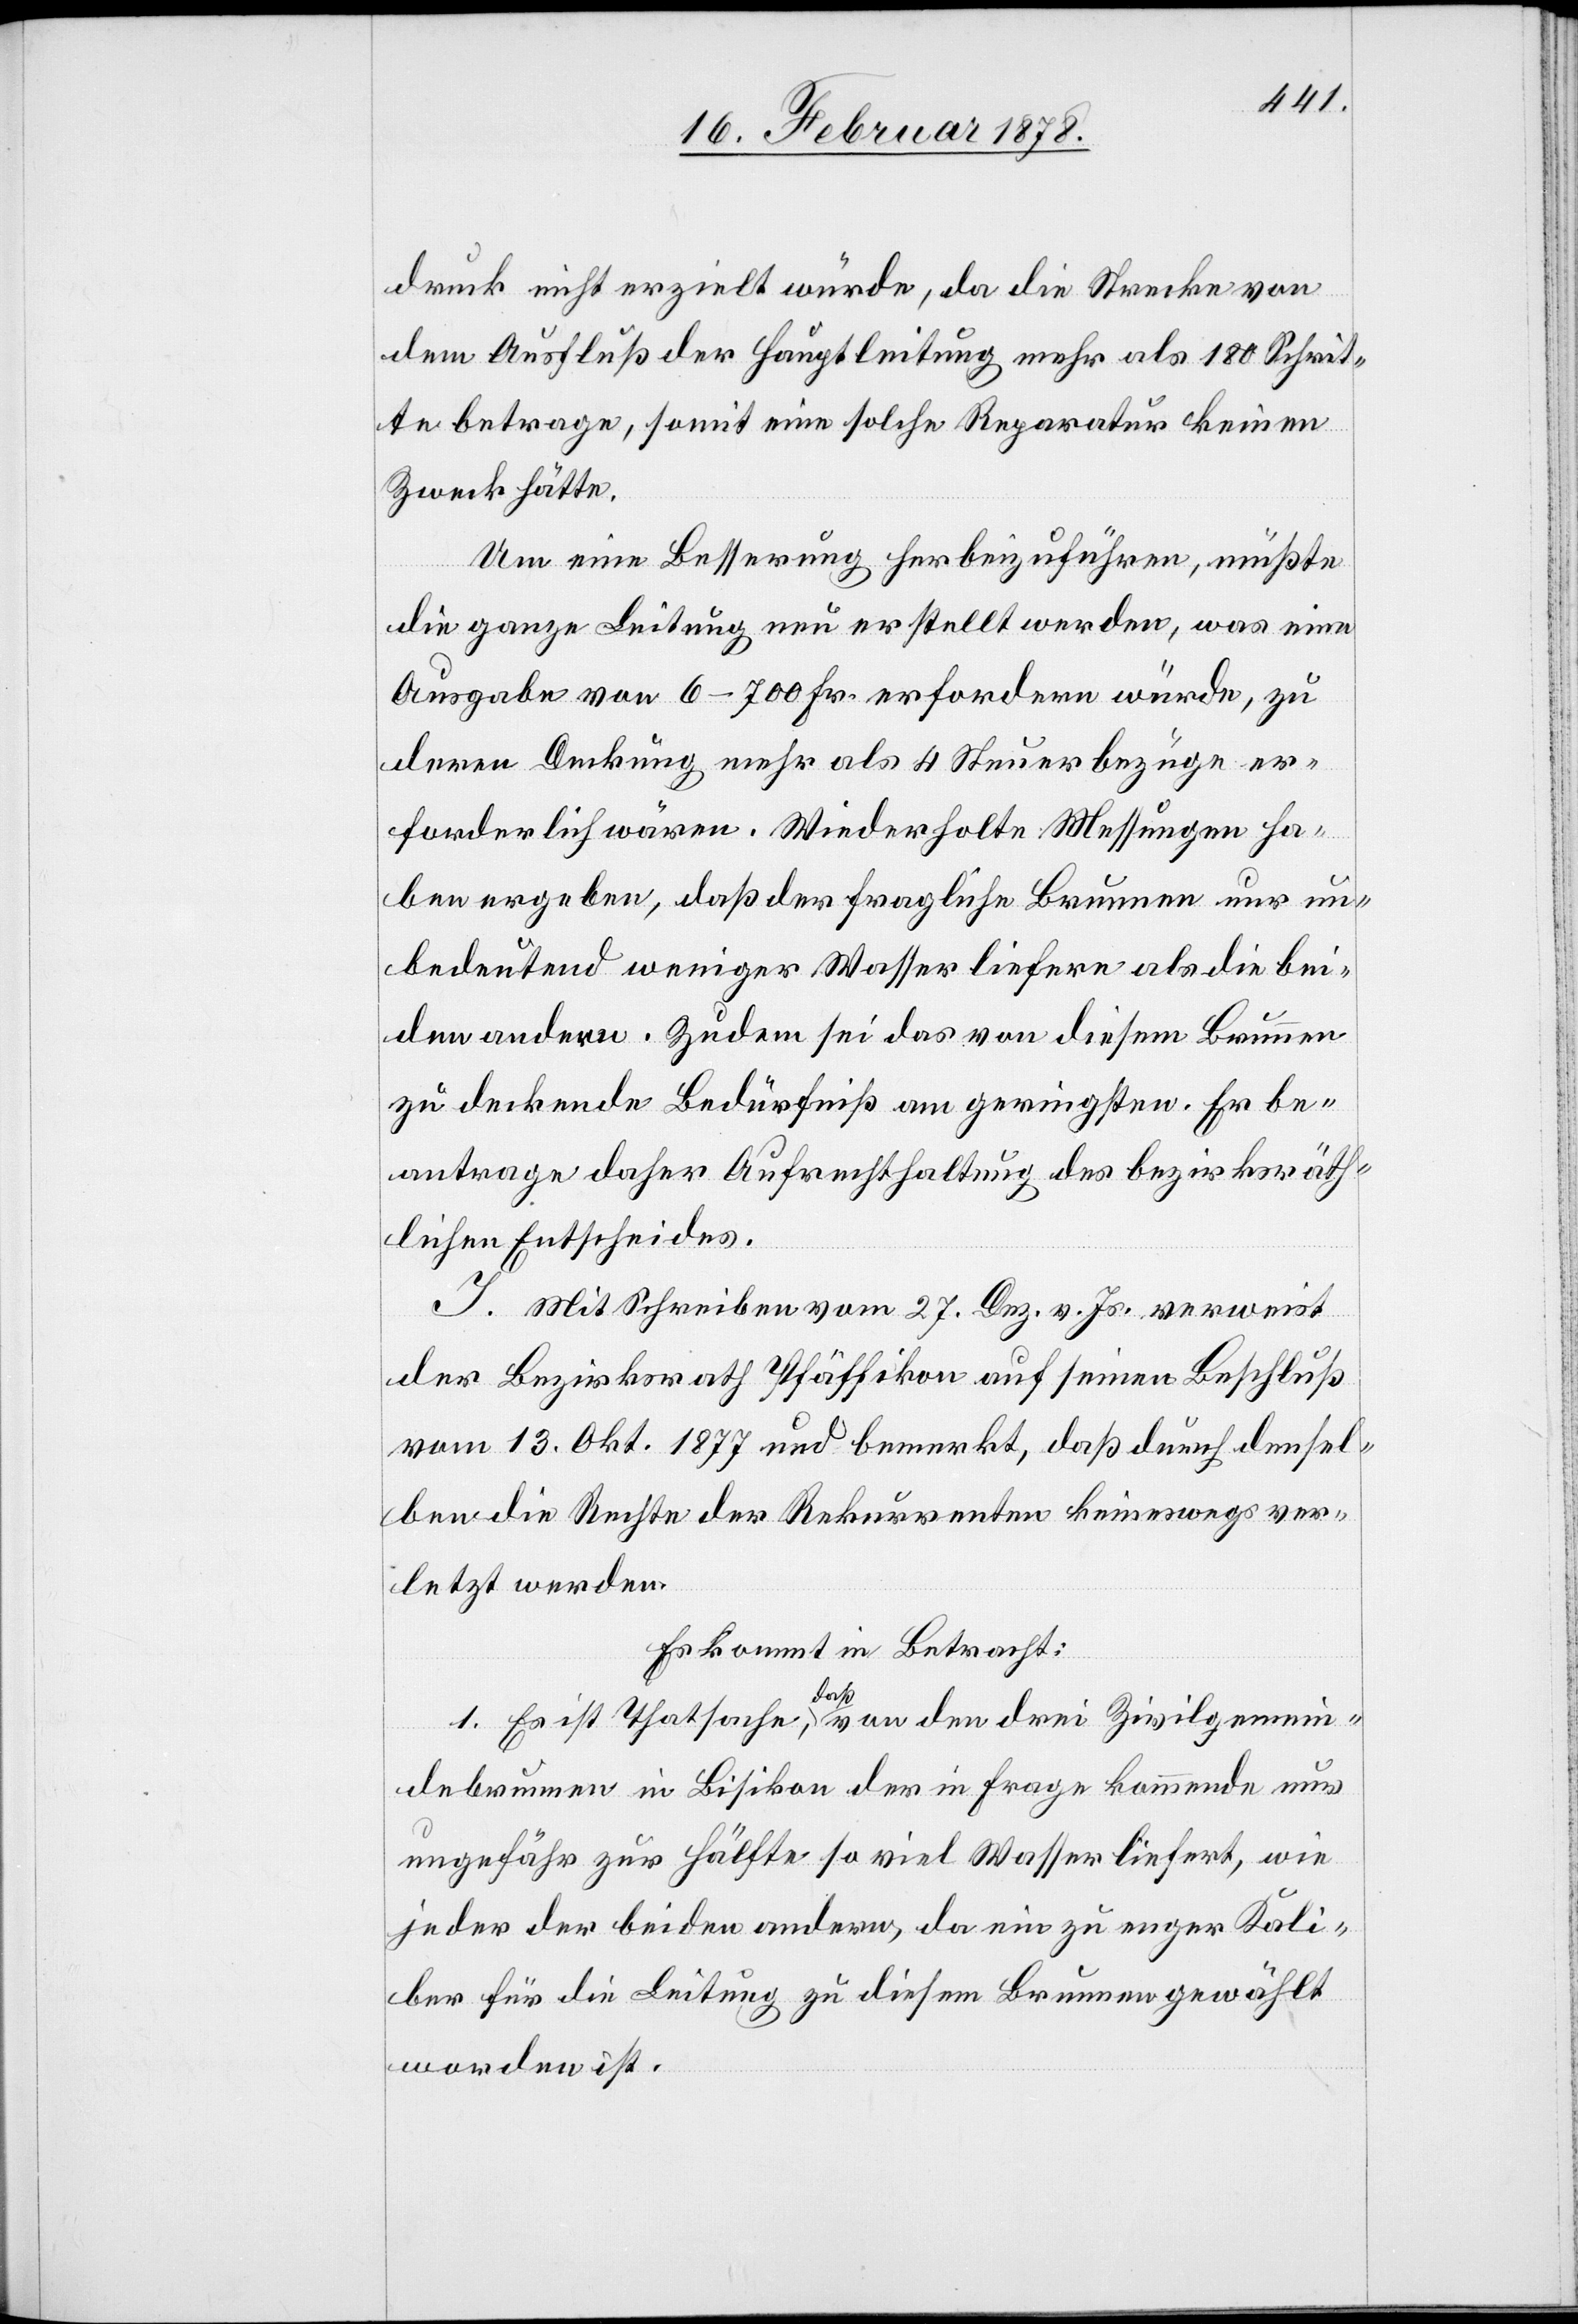
druck nicht erzielt würde, da die Strecke von
dem Ausfluß der Hauptleitung mehr als 180 Schrit¬
te betrage, somit eine solche Reparatur keinen
Zweck hätte.
Um eine Besserung herbeizuführen, müßte
die ganze Leitung neu erstellt werden, was eine
Ausgabe von 6–700 Fr. erfordern würde, zu
deren Deckung mehr als 4 Steuerbezüge er¬
forderlich wären. Wiederholte Messungen ha¬
ben ergeben, daß der fragliche Brunnen nur un¬
bedeutend weniger Wasser liefere als die bei¬
den andern. Zudem sei das von diesem Brunnen
zu deckende Bedürfniß am geringsten. Er be¬
antrage daher Aufrechthaltung des bezirksräth¬
lichen Entscheides.
J. Mit Schreiben vom 27. Dez. v. Js. verweist
der Bezirksrath Pfäffikon auf seinen Beschluß
vom 13. Okt. 1877 und bemerkt, daß durch densel¬
ben die Rechte der Rekurrenten keineswegs ver¬
letzt werden.
Es kommt in Betracht:
1. Es ist Thatsache, daß von den drei Zivilgemein¬
debrunnen in Bisikon der in Frage kommende nur
ungefähr zur Hälfte so viel Wasser liefert, wie
jeder der beiden andern, da ein zu enges Kali¬
ber für die Leitung zu diesem Brunnen gewählt
worden ist.